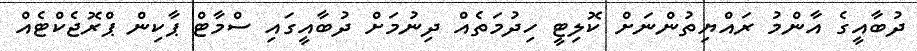
ދުބާއީގެ އާންމު ރައްޔިތުންނަށް ކޮލިޓީ ހިދުމަތެއް ދިނުމަށް ދުބާއީގައި ސްމާޓް ޕާކިން ޕްރޮޖެކްޓެއް